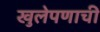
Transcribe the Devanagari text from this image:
खुलेपणाची